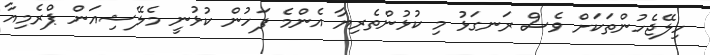
ހިލޭޖެހުންތަކަށް ވެސް ރަނގަޅު މި ކުޅުންތެރިޔާ އެންމެ ފަހުން ކުޅުނީ މެލޭޝިއަން ޕްރެމިއާ